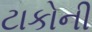
ટાકોની